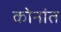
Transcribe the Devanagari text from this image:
कोनांत